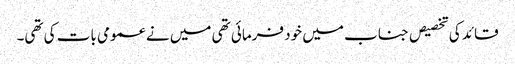
قائد کی تخصیص جناب میں خود فرمائی تھی میں نے عمومی بات کی تھی۔